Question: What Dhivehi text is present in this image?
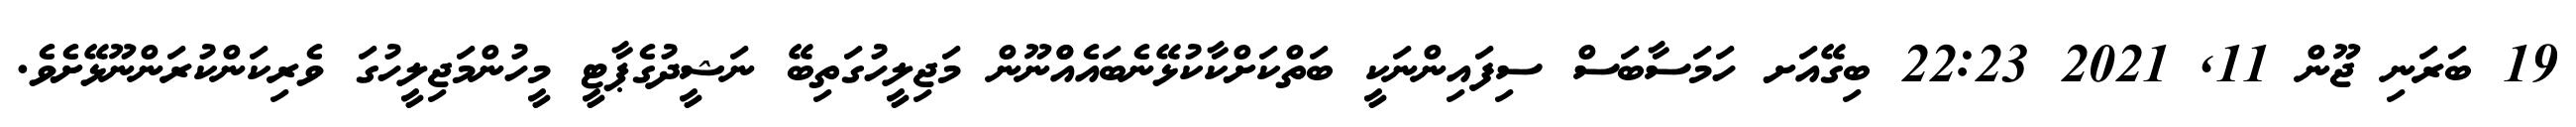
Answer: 19 ބަރަނި ޖޫން 11, 2021 22:23 ބިގޭއަށ ހަމަސާބަސް ސިފައިންނަކީ ބަތްކަށްކާކުޅޭނެބައެއްްނޫން މަޖިލީހުގަތިބޭ ނަޝީދުގެޕާޓީ މީހުންމަޖިލީހުގަ ވެރިކަންކުރަންނޫޅޭށެވެ.